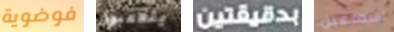
فوضوية يتلاعبون دقيقتين اسماعيل